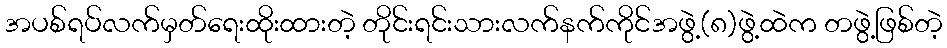
အပစ်ရပ်လက်မှတ်ရေးထိုးထားတဲ့ တိုင်းရင်းသားလက်နက်ကိုင်အဖွဲ့(၈)ဖွဲ့ထဲက တဖွဲ့ဖြစ်တဲ့